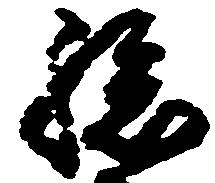
孫